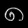
Digit: ၈